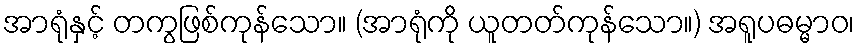
အာရုံနှင့် တကွဖြစ်ကုန်သော။ (အာရုံကို ယူတတ်ကုန်သော။) အရူပဓမ္မာဝ၊